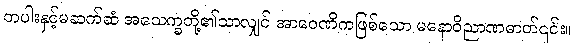
တပါးနှင့်မဆက်ဆံ အသေက္ခတို့၏သာလျှင် အာဝေဏိကဖြစ်သော မနောဝိညာဏဓာတ်၎င်း။